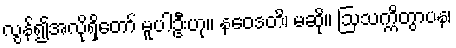
လွန်၍အလိုရှိတော် မူပါဦးဟု။ နဝေဒတိ၊ မဆို။ ဩသက္ကိတွာပန၊